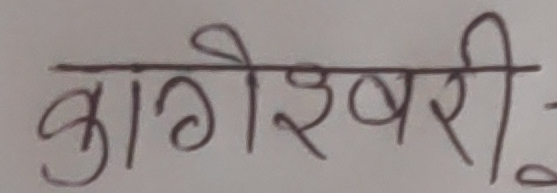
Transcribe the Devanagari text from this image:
कागेश्वरी